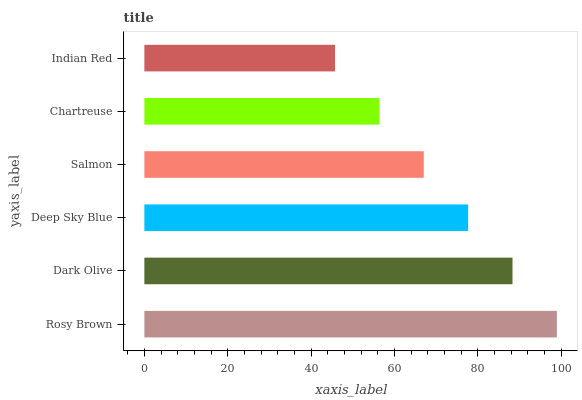
| yaxis_label | bars |
 | --- | --- |
 | Rosy Brown | 99 |
 | Dark Olive | 88.4 |
 | Deep Sky Blue | 77.7 |
 | Salmon | 67.1 |
 | Chartreuse | 56.4 |
 | Indian Red | 45.8 |